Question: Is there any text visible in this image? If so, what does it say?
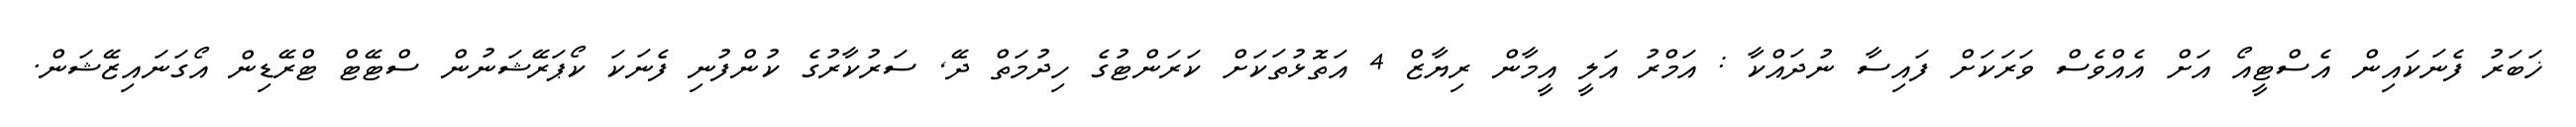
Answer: ޚަބަރު ފެނަކައިން އެސްޓީއޯ އަށް އެއްވެސް ވަރަކަށް ފައިސާ ނުދައްކާ : އަމްރު އަލީ އީމާން ރިޔާޒް 4 އަތޮޅުތަކަށް ކަރަންޓުގެ ހިދުމަތް ދޭ, ސަރުކާރުގެ ކުންފުނި ފެނަކަ ކޯޕަރޭޝަނުން ސްޓޭޓް ޓްރޭޑިން އޯގަނައިޒޭޝަން.